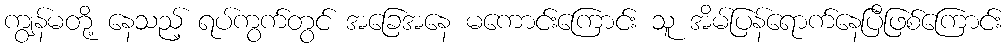
ကျွန်မတို့ နေသည့် ရပ်ကွက်တွင် အခြေအနေ မကောင်းကြောင်း သူ အိမ်ပြန်ရောက်နေပြီဖြစ်ကြောင်း